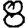
Digit: 8